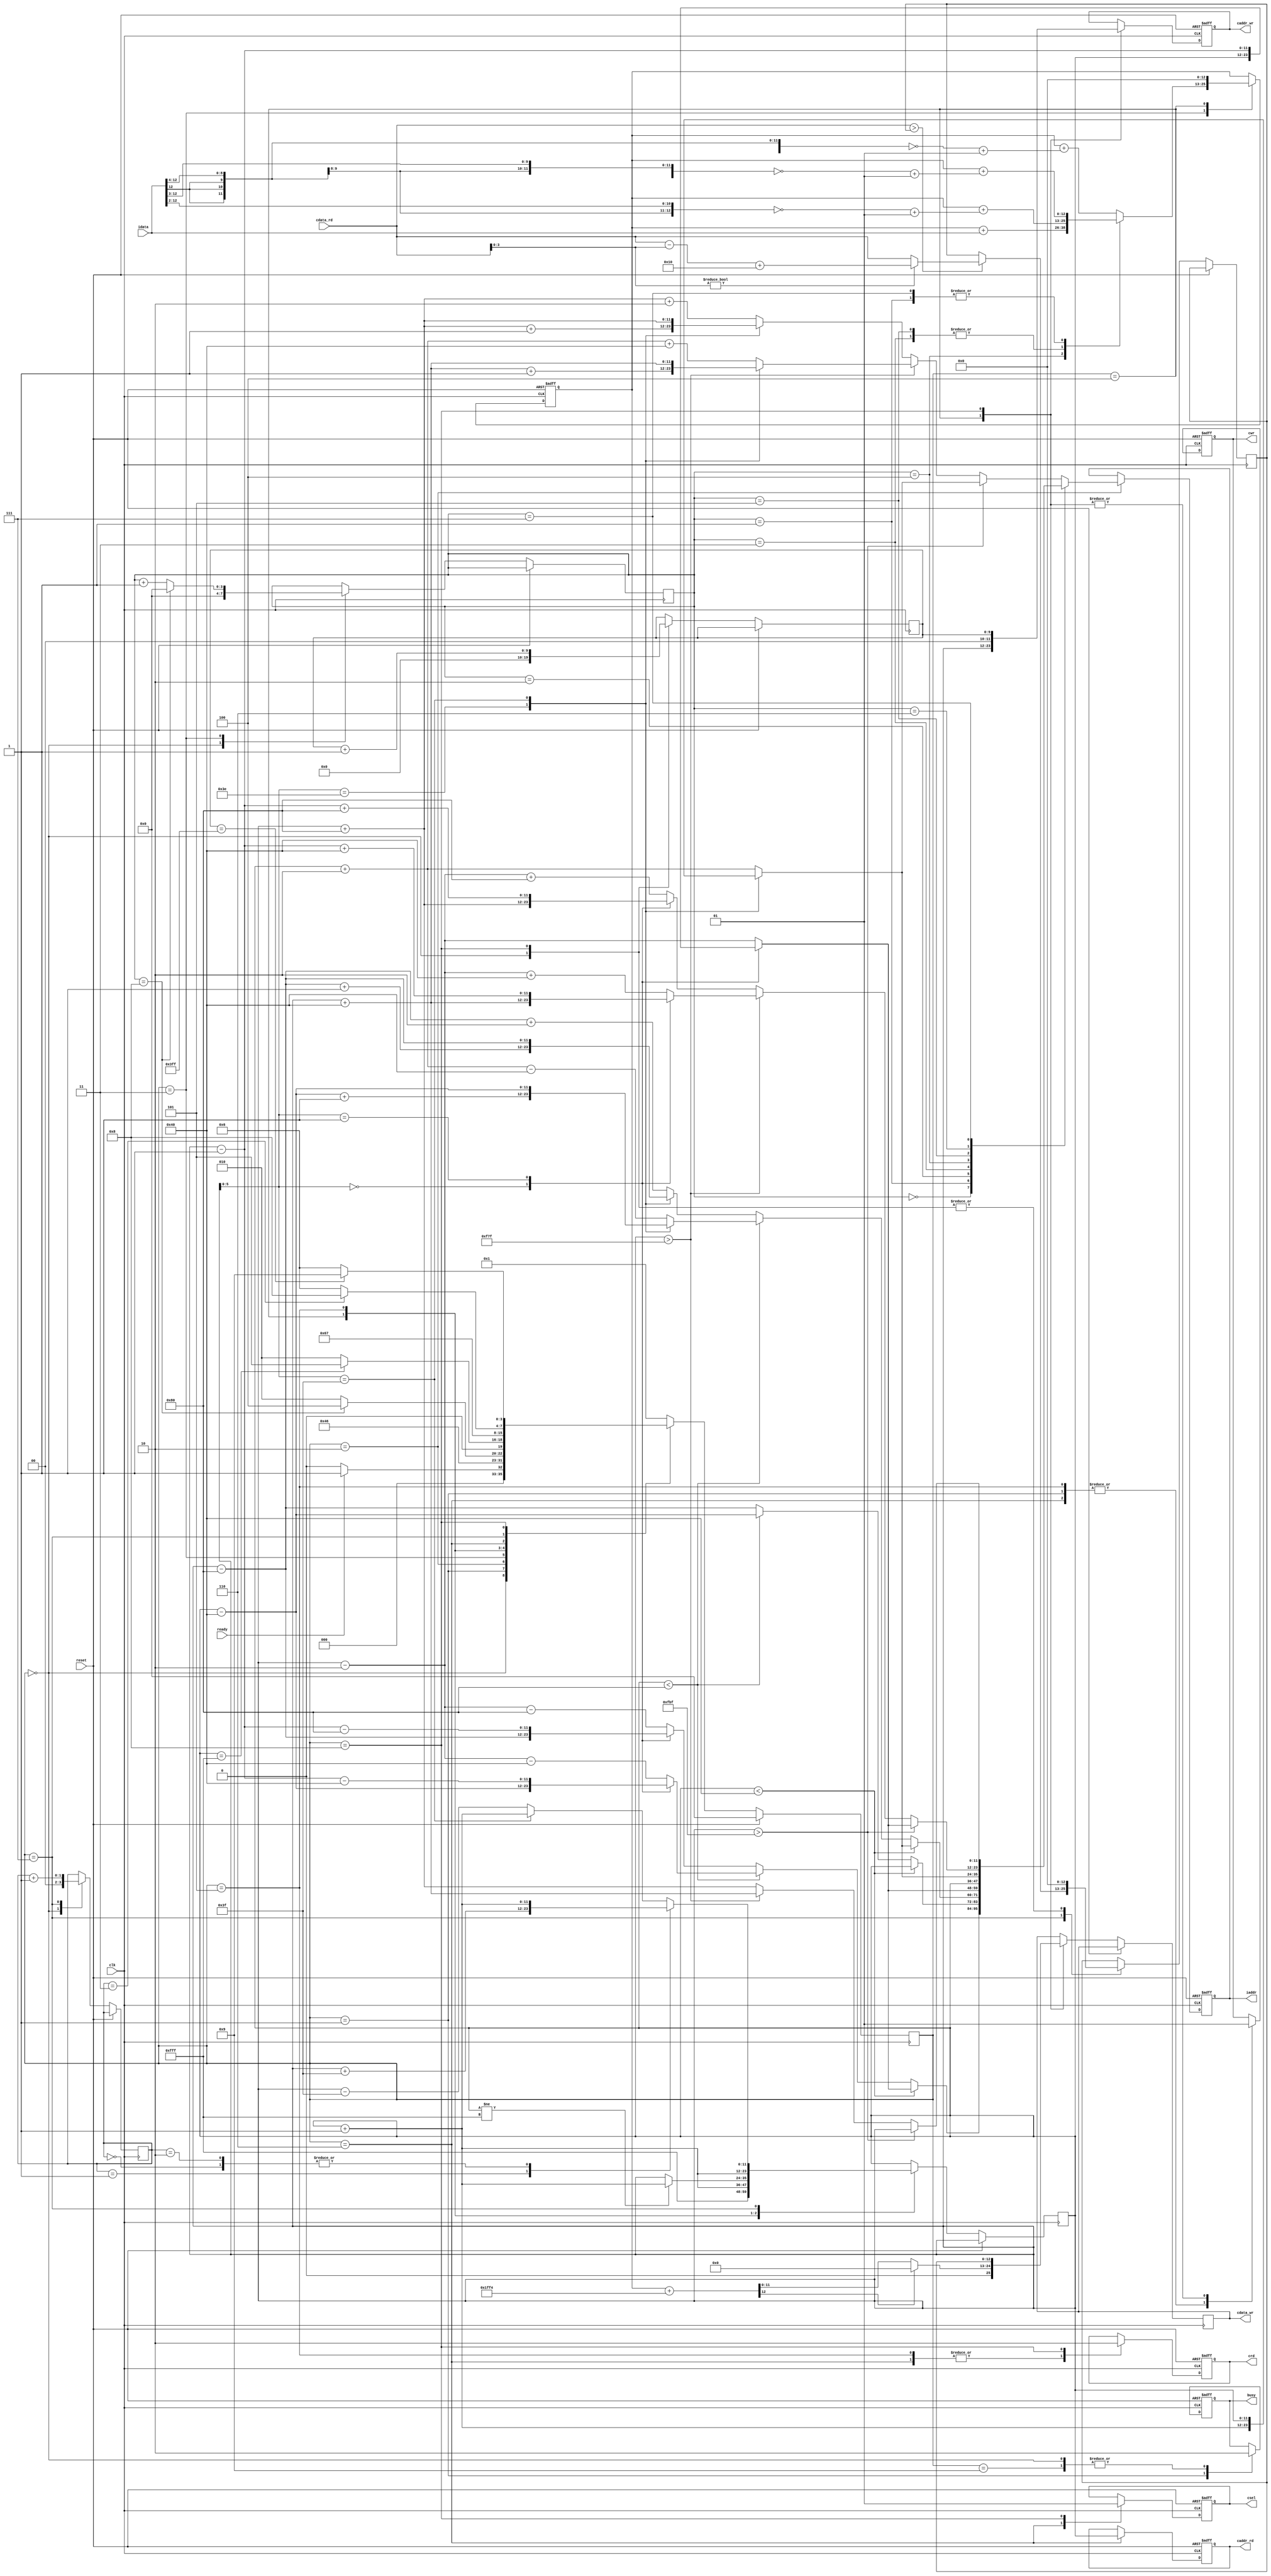
`timescale 1ns/10ps
module  ATCONV(
	input		clk,
	input		reset,
	output	reg	busy,	
	input		ready,	
			
	output reg	[11:0]	iaddr,
	input signed [12:0]	idata,
	
	output	reg 	cwr,
	output  reg	[11:0]	caddr_wr,
	output reg 	[12:0] 	cdata_wr,
	
	output	reg 	crd,
	output reg	[11:0] 	caddr_rd,
	input 	[12:0] 	cdata_rd,
	
	output reg 	csel
	);

localparam [3:0] SET_FETCH=4'd0, 
				FETCH_FAKE=4'd1,
				FETCH_KERNEL_IDX=4'd2, 
				CAL=4'd3,
				STORE_0=4'd4,
				SET_FETCH_0=4'd5,
				FETCH_0=4'd6,
				FIND_MAX=4'd7,
				STORE_1=4'd8,
				FINISH=4'd9,
				IDLE=4'd10;

reg [1:0] max_kernel;
reg [3:0] state_reg, state_next;
reg [11:0] layer_0_idx;
reg [3:0] kernel_count;
reg signed [12:0] conv_val, max_value;
reg [9:0] layer_1_idx;

// sequencial block
always@(posedge clk)
begin
	if(reset)begin
		state_reg <= SET_FETCH;
	end 
	else 
	begin
		state_reg <= state_next;
	end
end

// state control block
always@(*)
begin
    case (state_reg)
        SET_FETCH: //0
		begin
			if(ready)	state_next = FETCH_FAKE;
			else state_next = SET_FETCH ;
		end
		FETCH_FAKE: //1
        begin            
			state_next = FETCH_KERNEL_IDX;
        end
		FETCH_KERNEL_IDX: //2
		begin
			state_next = CAL;
		end
		CAL: //3
		begin
			if(kernel_count == 4'd8) state_next = STORE_0;
			else state_next = FETCH_KERNEL_IDX;
		end
		STORE_0: //4
		begin
			if(layer_0_idx == 4095) state_next = SET_FETCH_0;
			else state_next = FETCH_KERNEL_IDX;
		end
		SET_FETCH_0://5
		begin
			state_next = FETCH_0;
		end
		FETCH_0://6
		begin
			state_next = FIND_MAX;
		end
		FIND_MAX://7
		begin
			if(max_kernel == 2'd3) state_next = STORE_1;
			else state_next = FETCH_0;
		end
		STORE_1://8
		begin
			if(layer_1_idx == 1023) state_next = FINISH;
			else state_next = FETCH_0;
		end
		default: state_next = FETCH_FAKE;
    endcase
end

wire [12:0] conv_op = conv_val + 13'h1ff4;
//output logic block
always@(posedge clk or posedge reset)
begin
	if(reset)
    begin
		busy <= 1'b0;
		iaddr <= 12'b0;
		csel <= 1'b0; // select which layer memory will be written
		crd <= 1'b0; // read enabel signal
		caddr_rd <= 12'b0; // read address signal
		cwr <= 1'b0; // write enable signal
		caddr_wr <= 12'b0; // write address signal
		conv_val <= 13'b0;
	end
	else
	begin
		case(state_reg)
		SET_FETCH:
		begin
			busy <= 1'b0;
			layer_0_idx <= 12'b111111111111;
			kernel_count <= 4'd0;
			layer_1_idx <= 10'd0;
			max_kernel <= 2'b0;
			max_value <= 13'b0;
		end
		FETCH_FAKE:
		begin
			busy <= 1'b1;
			cwr <= 0;
			layer_0_idx <= layer_0_idx + 1'b1;	
		end
		FETCH_KERNEL_IDX:
		begin
			case(kernel_count)
				3'd0: 
				begin
					if(layer_0_idx < 64)
					begin
						case(layer_0_idx[5:0])
							0: iaddr <= layer_0_idx;
							1:  iaddr <= layer_0_idx-1;
							default: iaddr <= layer_0_idx-2;
						endcase
					end
					else if(layer_0_idx < 128)
					begin
						case(layer_0_idx[5:0])
							0: iaddr <= layer_0_idx-64;
							1:  iaddr <= layer_0_idx-1-64;
							default: iaddr <= layer_0_idx-2-64;
						endcase
					end
					else
					begin
						case(layer_0_idx[5:0])
							0: iaddr <= layer_0_idx-128;
							1:  iaddr <= layer_0_idx-1-128;
							default: iaddr <= layer_0_idx-2-128;
						endcase
					end
				end
				3'd1: 
				begin
					if(layer_0_idx < 64) iaddr <= layer_0_idx;
					else if(layer_0_idx < 128) iaddr <= layer_0_idx-64;
					else iaddr <= layer_0_idx-128;
				end
				3'd2: 
				begin
					if(layer_0_idx < 64)
					begin
						case(layer_0_idx[5:0])
							62: iaddr <= layer_0_idx+1;
							63:  iaddr <= layer_0_idx;
							default: iaddr <= layer_0_idx+2;
						endcase
					end
					else if(layer_0_idx < 128)
					begin
						case(layer_0_idx[5:0])
							62: iaddr <= layer_0_idx-64+1;
							63:  iaddr <= layer_0_idx-64;
							default: iaddr <= layer_0_idx+2-64;
						endcase
					end
					else
					begin
						case(layer_0_idx[5:0])
							62: iaddr <= layer_0_idx-128+1;
							63:  iaddr <= layer_0_idx-128;
							default: iaddr <= layer_0_idx-128+2;
						endcase
					end
				end
				3'd3: 
				begin
					case(layer_0_idx[5:0])
						0: iaddr <= layer_0_idx;
						1:  iaddr <= layer_0_idx-1;
						default: iaddr <= layer_0_idx-2;
					endcase
				end
				3'd4: 
				begin
					iaddr <= layer_0_idx;
				end
				3'd5: 
				begin
					case(layer_0_idx[5:0])
						62: iaddr <= layer_0_idx+1;
						63: iaddr <= layer_0_idx;
						default: iaddr <= layer_0_idx+2;
					endcase
				end
				3'd6: 
				begin
					if(layer_0_idx > 4031)
					begin
						case(layer_0_idx[5:0])
							0: iaddr <= layer_0_idx;
							1:  iaddr <= layer_0_idx-1;
							default: iaddr <= layer_0_idx-2;
						endcase
					end
					else if(layer_0_idx >3967)
					begin
						case(layer_0_idx[5:0])
							0: iaddr <= layer_0_idx+64;
							1:  iaddr <= layer_0_idx-1+64;
							default: iaddr <= layer_0_idx-2+64;
						endcase
					end
					else
					begin
						case(layer_0_idx[5:0])
							0: iaddr <= layer_0_idx+128;
							1:  iaddr <= layer_0_idx-1+128;
							default: iaddr <= layer_0_idx-2+128;
						endcase
					end
				end
				3'd7:
				begin
					if(layer_0_idx > 4031) iaddr <= layer_0_idx;
					else if(layer_0_idx > 3967) iaddr <= layer_0_idx+64;
					else iaddr <= layer_0_idx+128;
				end 
				default: 
				begin
					if(layer_0_idx > 4031)
					begin
						case(layer_0_idx[5:0])
							62: iaddr <= layer_0_idx+1;
							63:  iaddr <= layer_0_idx;
							default: iaddr <= layer_0_idx+2;
						endcase
					end
					else if(layer_0_idx > 3967)
					begin
						case(layer_0_idx[5:0])
							62: iaddr <= layer_0_idx+64+1;
							63:  iaddr <= layer_0_idx+64;
							default: iaddr <= layer_0_idx+2+64;
						endcase
					end
					else
					begin
						case(layer_0_idx[5:0])
							62: iaddr <= layer_0_idx+128+1;
							63:  iaddr <= layer_0_idx+128;
							default: iaddr <= layer_0_idx+128+2;
						endcase
					end
				end
			endcase
		end
		CAL:
		begin
			case(kernel_count)
			3'd0: conv_val <= conv_val + (~(idata >> 4)+1);
			3'd1: conv_val <= conv_val + (~(idata >> 3)+1);
			3'd2: conv_val <= conv_val + (~(idata >> 4)+1);
			3'd3: conv_val <= conv_val + (~(idata >> 2)+1);
			3'd4: conv_val <= conv_val + idata;
			3'd5: conv_val <= conv_val + (~(idata >> 2)+1);
			3'd6: conv_val <= conv_val + (~(idata >> 4)+1);
			3'd7: conv_val <= conv_val + (~(idata >> 3)+1);
			default: conv_val <= conv_val + (~(idata >> 4)+1);
			endcase
			if(kernel_count == 4'd8) kernel_count <= 0;
			else kernel_count <= kernel_count + 1;
		end
		STORE_0:
		begin
			if(conv_op[12]) cdata_wr <= 0;
		  	else cdata_wr <= conv_op;
			cwr <= 1'b1;
			caddr_wr <= layer_0_idx;
			conv_val <= 13'b0;
			if(layer_0_idx!=4095) layer_0_idx <= layer_0_idx + 1'b1;
		end
		SET_FETCH_0:
		begin
			cwr <= 1'b0;
			crd <= 1'b1;
			layer_0_idx <= layer_0_idx + 1;
		end
		FETCH_0:
		begin
			csel <= 0;
			cwr <= 1'b0;
			crd <= 1'b1;
			caddr_rd <= layer_0_idx;
		end
		FIND_MAX:
		begin
			if(cdata_rd > max_value) 
			begin
				if(cdata_rd[3:0] != 0) 
				begin
					max_value <= cdata_rd - cdata_rd[3:0] + 16;
				end
				else max_value <= cdata_rd;
			end
			case(max_kernel)
				2'd0: layer_0_idx <= layer_0_idx + 1;
				2'd1: layer_0_idx <= layer_0_idx + 63;
				2'd2: layer_0_idx <= layer_0_idx + 1;
				default: 
				begin
					if(layer_0_idx[5:0] == 63) layer_0_idx <= layer_0_idx + 1;
					else layer_0_idx <= layer_0_idx - 63;
					
				end
			endcase
			max_kernel <= max_kernel + 1;
		end
		STORE_1:
		begin
			csel <= 1;
			cwr <= 1'b1;
			crd <= 1'b0;
			cdata_wr <= max_value;
			caddr_wr <= layer_1_idx;
			layer_1_idx <= layer_1_idx + 1;
			max_value <= 13'b0;
		end
		FINISH:
		begin
			busy <= 0;
		end
		endcase
	end
end
endmodule